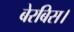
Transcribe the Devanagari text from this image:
बेरबिस।